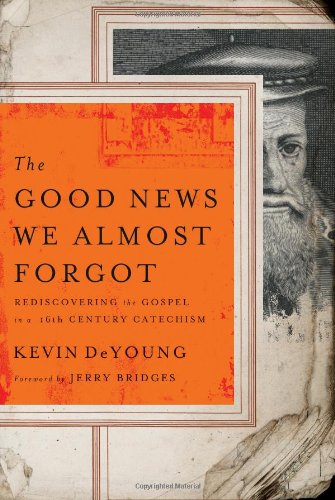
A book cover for The Good News We Almost Forgot: Rediscovering the Gospel in a 16th Century Catechism; Kevin DeYoung; Christian Books & Bibles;